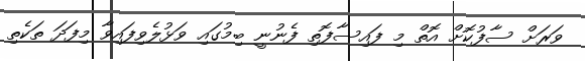
ވަރަށް ސާފުކޮށް އޮތް މި ފައިސާފޮތި ފެނުނީ ބިމުގައި ވަޅުލެވިފައިވާ މިފަދަ ތަކެތި